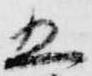
五